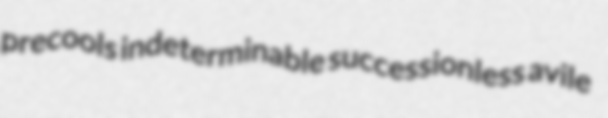
precools indeterminable successionless avile